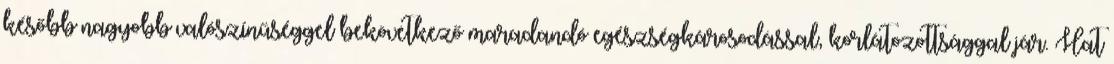
később nagyobb valószínűséggel bekövetkező maradandó egészségkárosodással, korlátozottsággal jár. Hat